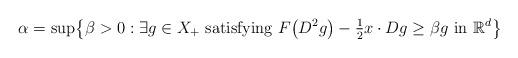
LaTeX: \begin{align*} \alpha= \sup \bigl\{ \beta> 0 : \exists g\in X_+ \mbox{ satisfying } F\bigl(D^2g\bigr) - \tfrac{1}2 x \cdot Dg \geq\beta g \mbox { in } \mathbb{R}^d \bigr\}\end{align*}